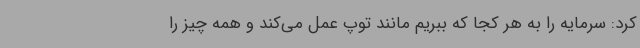
کرد: سرمایه را به هر کجا که ببریم مانند توپ عمل می‌کند و همه چیز را